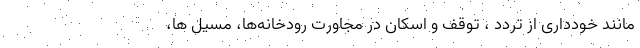
مانند خودداری از تردد ، توقف و اسکان در مجاورت رودخانه‌ها، مسیل ها،